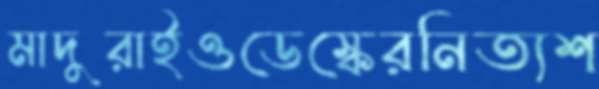
মাদুরাইওডেস্কেরনিত্যশ